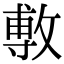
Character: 𢾭